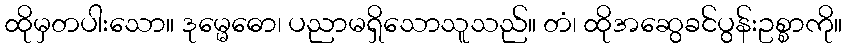
ထိုမှတပါးသော။ ဒုမ္မေဓော၊ ပညာမရှိသောသူသည်။ တံ၊ ထိုအဆွေခင်ပွန်းဥစ္စာကို။